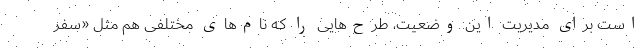
است برای مدیریت این وضعیت، طرح‌هایی را که نام‌های مختلفی هم مثل «سفر